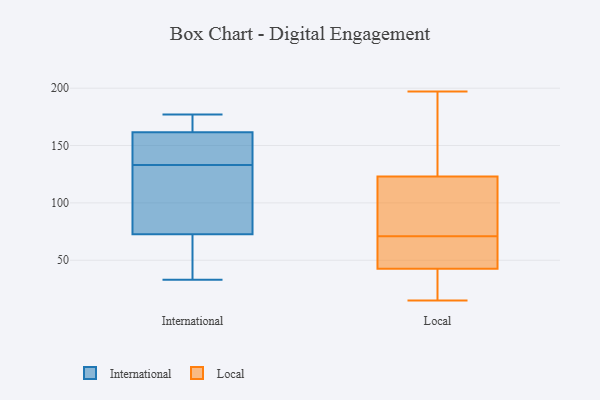
{"axis": {"x": "Energy Usage (MWh)", "y": "Value"}, "legend": ["International", "Local"], "data": [{"x": "", "y": 177, "type": "International"}, {"x": "", "y": 77, "type": "International"}, {"x": "", "y": 146, "type": "International"}, {"x": "", "y": 175, "type": "International"}, {"x": "", "y": 76, "type": "International"}, {"x": "", "y": 133, "type": "International"}, {"x": "", "y": 42, "type": "International"}, {"x": "", "y": 63, "type": "International"}, {"x": "", "y": 166, "type": "International"}, {"x": "", "y": 33, "type": "International"}, {"x": "", "y": 79, "type": "International"}, {"x": "", "y": 160, "type": "International"}, {"x": "", "y": 135, "type": "International"}, {"x": "", "y": 26, "type": "Local"}, {"x": "", "y": 44, "type": "Local"}, {"x": "", "y": 197, "type": "Local"}, {"x": "", "y": 40, "type": "Local"}, {"x": "", "y": 122, "type": "Local"}, {"x": "", "y": 62, "type": "Local"}, {"x": "", "y": 128, "type": "Local"}, {"x": "", "y": 52, "type": "Local"}, {"x": "", "y": 88, "type": "Local"}, {"x": "", "y": 168, "type": "Local"}, {"x": "", "y": 184, "type": "Local"}, {"x": "", "y": 51, "type": "Local"}, {"x": "", "y": 15, "type": "Local"}, {"x": "", "y": 93, "type": "Local"}, {"x": "", "y": 37, "type": "Local"}, {"x": "", "y": 41, "type": "Local"}, {"x": "", "y": 63, "type": "Local"}, {"x": "", "y": 79, "type": "Local"}, {"x": "", "y": 124, "type": "Local"}, {"x": "", "y": 106, "type": "Local"}]}